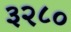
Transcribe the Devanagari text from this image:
३२८०